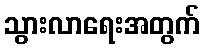
သွားလာရေးအတွက်